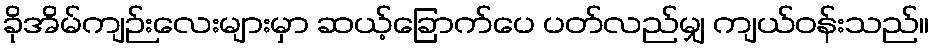
ခိုအိမ်ကျဉ်းလေးများမှာ ဆယ့်ခြောက်ပေ ပတ်လည်မျှ ကျယ်ဝန်းသည်။